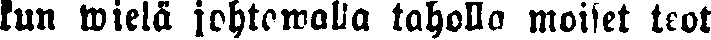
kun wielä johtawalla taholla moiset teot